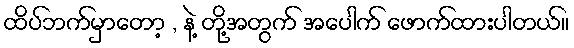
ထိပ်ဘက်မှာတော့ , နဲ့ တို့အတွက် အပေါက် ဖောက်ထားပါတယ်။